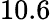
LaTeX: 10.6